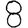
Digit: 8